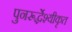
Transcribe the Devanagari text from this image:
पुनरूर्द्धेश्यीकृत